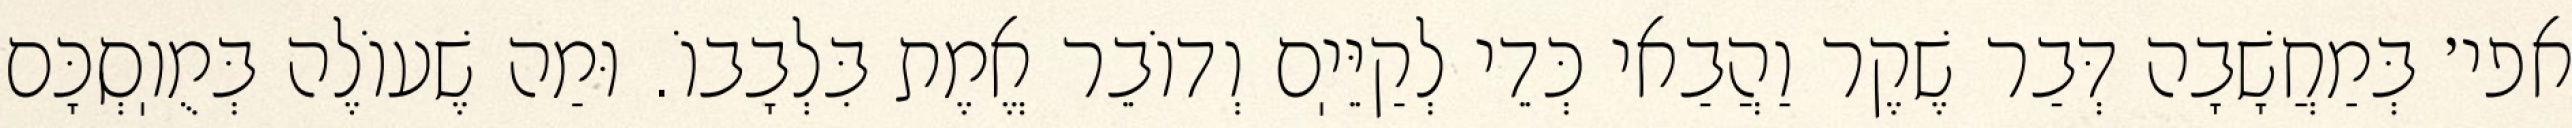
אפי׳ בְּמַחֲשָׁבָה דְּבַר שֶׁקֶר וַהֲבַאי כְּדֵי לְקַיֵּיֽם וְדוֹבֵר אֱמֶת בִּלְבָבוֹ. וּמַה שֶׁעוֹלֶה בְּמֻוֽסְכָּם